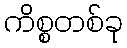
ကိစ္စတစ်ခု